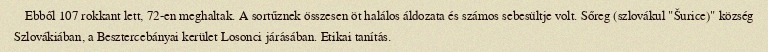
Ebből 107 rokkant lett, 72-en meghaltak. A sortűznek összesen öt halálos áldozata és számos sebesültje volt. Sőreg (szlovákul "Šurice)" község Szlovákiában, a Besztercebányai kerület Losonci járásában. Etikai tanítás.